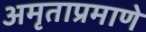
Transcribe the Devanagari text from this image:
अमृताप्रमाणे